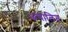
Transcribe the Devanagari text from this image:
अचालित